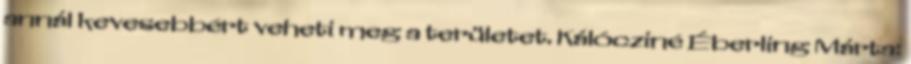
annál kevesebbért veheti meg a területet. Kálócziné Éberling Márta: